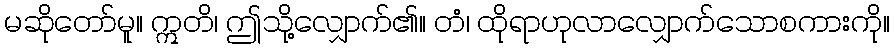
မဆိုတော်မူ။ ဣတိ၊ ဤသို့လျှောက်၏။ တံ၊ ထိုရာဟုလာလျှောက်သောစကားကို။